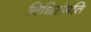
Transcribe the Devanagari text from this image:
विधिसंमति